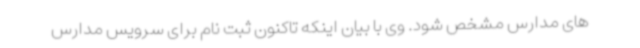
های مدارس مشخص شود. وی با بیان اینکه تاکنون ثبت نام برای سرویس مدارس